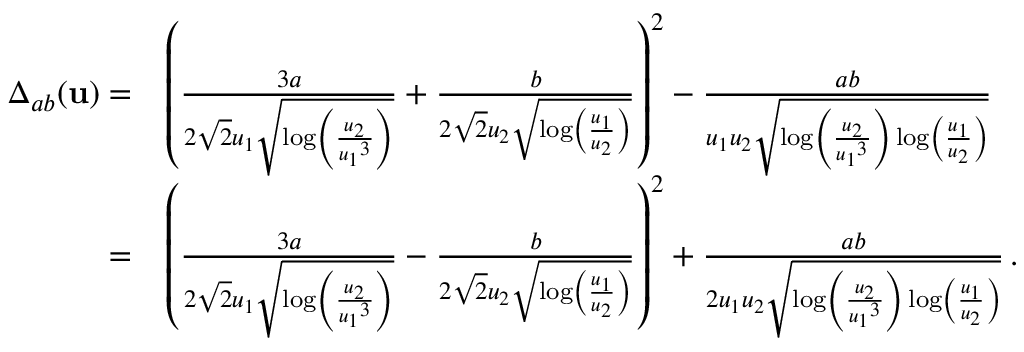
\begin{array} { r l } { \Delta _ { a b } ( { \mathbf { u } } ) = } & { \left( \frac { 3 a } { 2 \sqrt { 2 } { u _ { 1 } } \sqrt { \log \left( \frac { { u _ { 2 } } } { { u _ { 1 } } ^ { 3 } } \right) } } + \frac { b } { 2 \sqrt { 2 } { u _ { 2 } } \sqrt { \log \left( \frac { { u _ { 1 } } } { { u _ { 2 } } } \right) } } \right) ^ { 2 } - \frac { a b } { { u _ { 1 } u _ { 2 } } \sqrt { \log \left( \frac { { u _ { 2 } } } { { u _ { 1 } } ^ { 3 } } \right) \log \left( \frac { { u _ { 1 } } } { { u _ { 2 } } } \right) } } } \\ { = } & { \left( \frac { 3 a } { 2 \sqrt { 2 } { u _ { 1 } } \sqrt { \log \left( \frac { { u _ { 2 } } } { { u _ { 1 } } ^ { 3 } } \right) } } - \frac { b } { 2 \sqrt { 2 } { u _ { 2 } } \sqrt { \log \left( \frac { { u _ { 1 } } } { { u _ { 2 } } } \right) } } \right) ^ { 2 } + \frac { a b } { { 2 u _ { 1 } u _ { 2 } } \sqrt { \log \left( \frac { { u _ { 2 } } } { { u _ { 1 } } ^ { 3 } } \right) \log \left( \frac { { u _ { 1 } } } { { u _ { 2 } } } \right) } } \, . } \end{array}